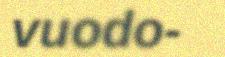
vuodo-